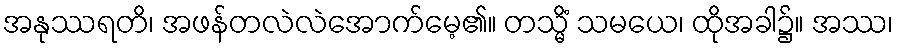
အနုဿရတိ၊ အဖန်တလဲလဲအောက်မေ့၏။ တသ္မိံ သမယေ၊ ထိုအခါ၌။ အဿ၊